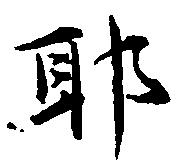
耶